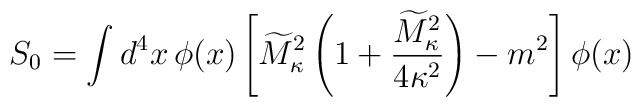
S_{0} = \int d^{4}x  \, \phi(x)\left[ \widetilde{M}^{2}_{\kappa} \left(1 + {\widetilde{M}^{2}_{\kappa} \over 4\kappa^{2}} \right)- m^{2}\right] \phi(x)